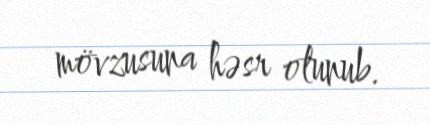
mövzusuna həsr olunub.